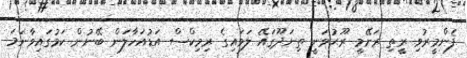
ފެންމީރުވި ރީތި ރަށޭމީ ރޫޙުވަނީ ތިނަދޫގައޭ ލަވައިގެ ރިމިކްސް އަޑުއަހާލަން ބޭނުން ކަމުގައިވާނަމަ